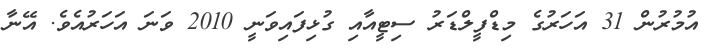
އުމުރުން 31 އަހަރުގެ މިޑްފީލްޑަރު ސިޓީއާއި ގުޅިފައިވަނީ 2010 ވަނަ އަހަރުއެވެ. އޭނާ